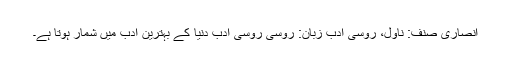
انصاری صنف: ناول، روسی ادب زبان: روسی روسی ادب دنیا کے بہترین ادب میں شمار ہوتا ہے۔